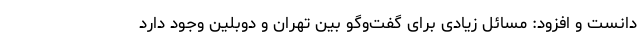
دانست و افزود: مسائل زیادی برای گفت‌وگو بین تهران و دوبلین وجود دارد